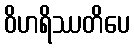
ဝိဟရိဿတိပေ